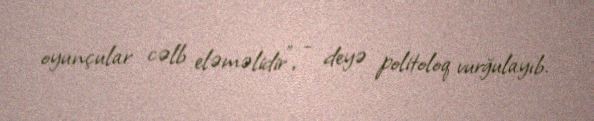
oyunçular cəlb eləməlidir”, - deyə politoloq vurğulayıb.